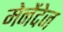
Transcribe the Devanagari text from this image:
मेनेंदेज